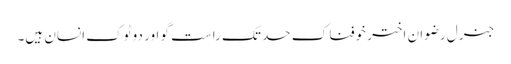
جنرل رضوان اختر خوفناک حد تک راست گو اور دو ٹوک انسان ہیں۔